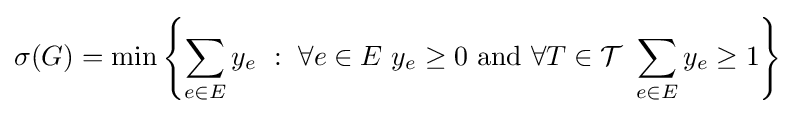
\sigma (G)=\min \left\{\sum _{e\in E}y_{e}\ :\ \forall e\in E\ y_{e}\geq 0{\mbox{ and }}\forall T\in {\mathcal {T}}\ \sum _{e\in E}y_{e}\geq 1\right\}